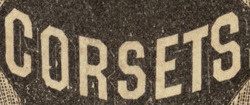
CORSETS